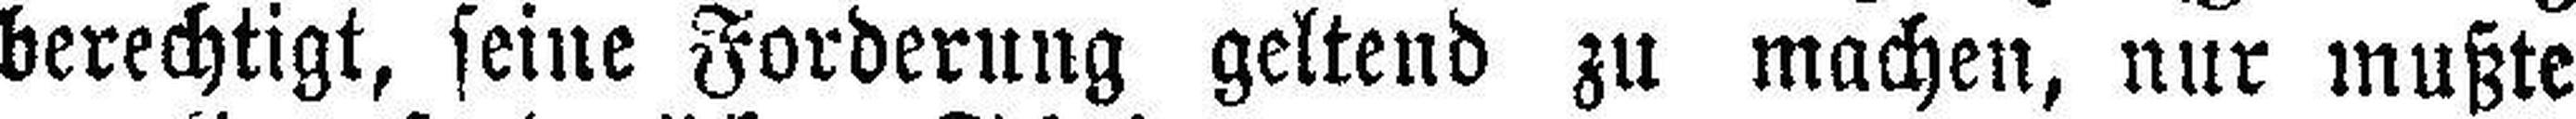
berechtigt, seine Forderung geltend zu machen, nur mußte